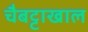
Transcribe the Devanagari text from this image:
चैबट्टाखाल